Loona_vallavalitsus_Kihelkonna_kihelkonnas, lk 18
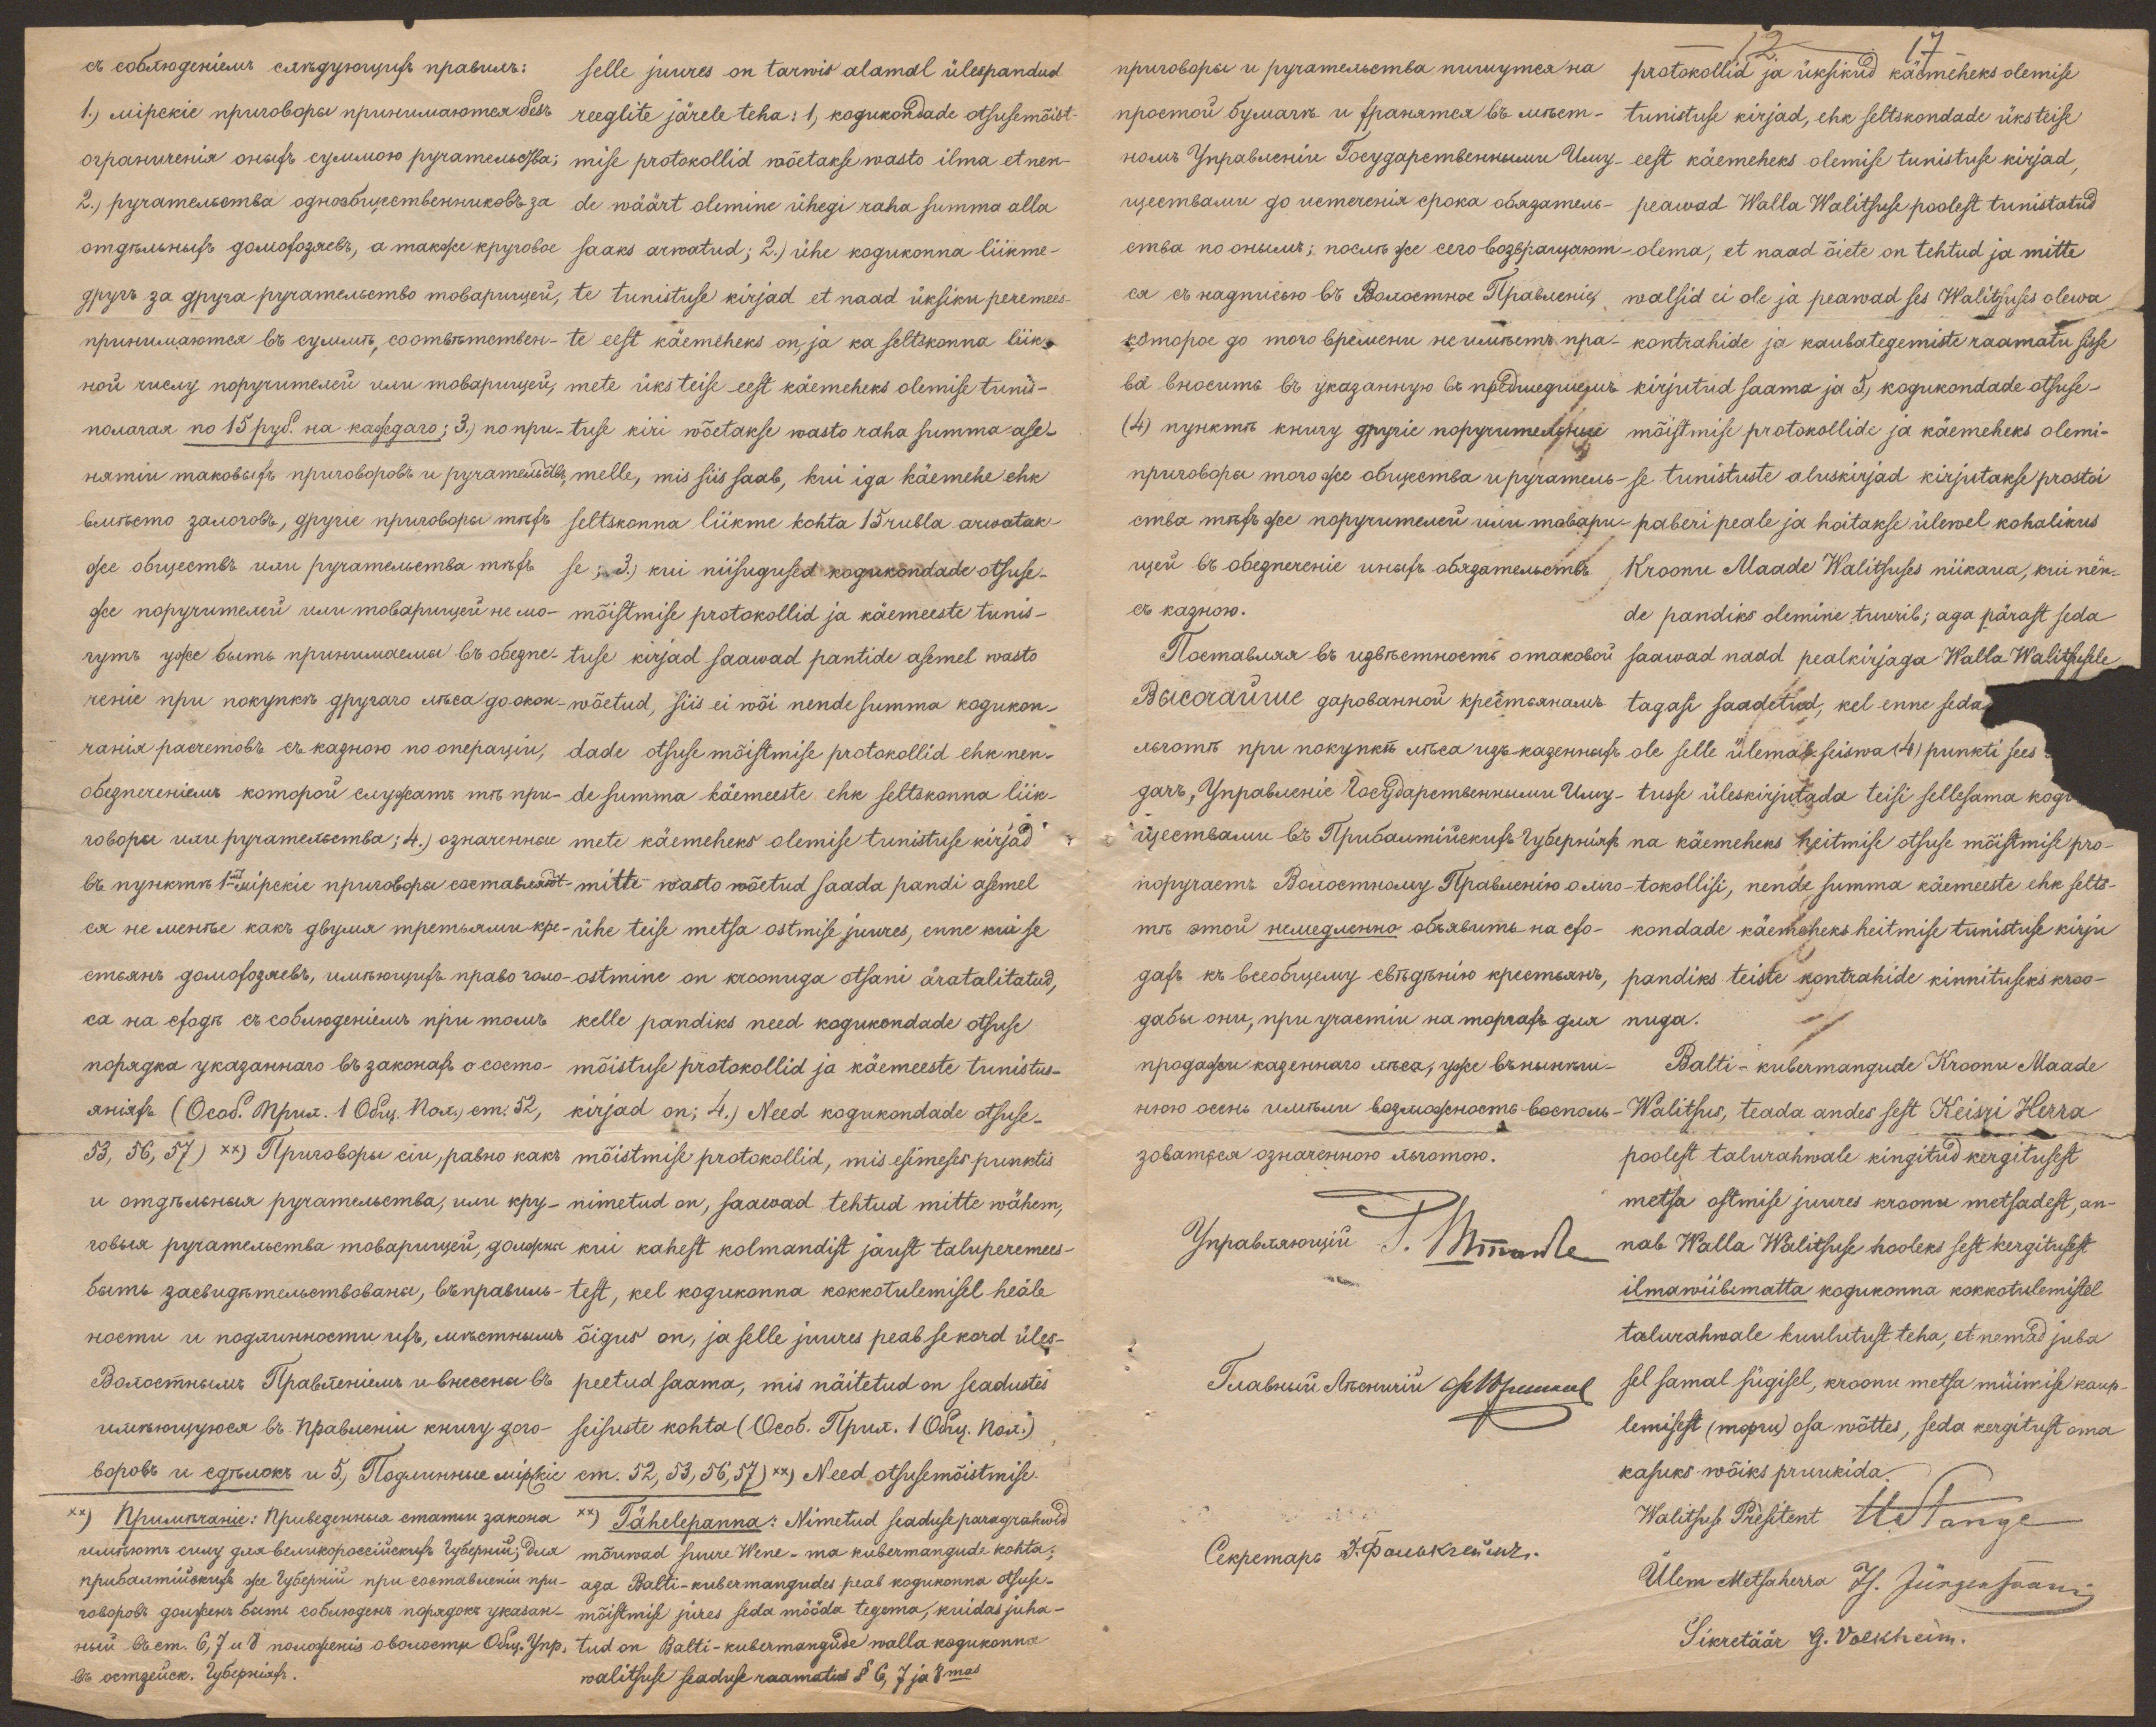
selle juures on tarwis alamal ülespandud
reeglite järele teha: 1, kogukondade otsuse mõist
mise protokollid wõetakse wasto ilma et nen-
de wäärt olemine ühegi raha summa alla
saaks arwatud; 2.) ühe kogukonna liikme-
te tunistuse kirjad et naad üksiku peremees-
te eest käemeheks on, ja ka seltskonna liik-
mete üks teise eest käemeheks olemise tunis-
tuse kiri wõetakse wasto raha summa ase-
melle, mis siis saab, kui iga käemehe ehk
seltskonna liikme kohta 15 rubla arwatak-
se; 3.) kui niisugused kogukondade otsuse-
mõistmise protokollid ja käemeeste tunis-
tuse kirjad saawad pantide asemel wasto
wõetud, siis ei wõi nende summa kogukon-
dade otsuse mõistmise protokollid ehk nen-
de summa käemeeste ehk seltskonna liik-
mete käemeheks olemise tunistuse kirjad
mitte wasto wõetud saada pandi asemel
ühe teise metsa ostmise juures, enne kui se
ostmine on kroonuga otsani äratalitatud,
kelle pandiks need kogukondade otsuse
mõistuse protokollid ja käemeeste tunistus-
kirjad on; 4.) Need kogukondade otsuse-
mõistmise protokollid, mis esimeses punktis
nimetud on, saawad tehtud mitte wähem,
kui kahest kolmandist jaust taluperemees-
test, kel kogukonna kokkotulemisel heäle
õigus on, ja selle juures peab se kord üles
peetud saama, mis näitetud on seadustes
seisuste kohta (Oeob. Tõput. 1. Ong. neid.)
52, 53, 56, 57 **) Need otsusemõistmise
**) Tähelepanna: Nimetud seaduse paragrahwid
mõuwad suure Wene-ma kubermangude kohta;
aga Balti-kubermangudes peab kogukonna otsuse-
mõistmise jures seda mööda tegema, kuidas juha
tud on Balti-kubermangude walla kogukonna
walitsuse seaduse raamatus § 6, 7 ja 8mas

12
17
protokollid ja üksikud käemeheks olemise
tunistuse kirjad, ehk seltskondade üksteise
eest käemeheks olemise tunistuse kirjad,
peawad Walla Walitsuse poolest tunistatud
olema, et naad õiete on tehtud ja mitte
walsid ei ole ja peawad ses Walitsuses olewa,
kontrahide ja kaubategemiste raamatu sisse
kirjutud saama ja 5.) kogukondade otsuse-
mõistmise protokollide ja käemeheks olemi-
se tunistuste aluskirjad kirjutakse prostoi
paberi peale ja hoitakse ülewel kohalikus
Kroonu Maade Walitsuse niikaua, kui nen-
de pandiks olemine tuurib; aga pärast seda
saawad naad peakirjaga Walla Walitsusele
tagasi saadetud, kel enne seda
ole selle ülemal seiswa (4) punkti sees
tusse üleskirjutada teisi sellesama kogu
na käemeheks heitmise otsuse mõistmise pro-
tokollisi, nende summa käemeeste ehk selts-
kondade käemeheks heitmise tunistuse kirju
pandiks teiste kontrahide kinnituseks kroo-
nuga.
Balti-kubermangude Kroonu Maade
Walitsus, teada andes sest Keisri Herra
poolest talurahwale kingitud kergitusest
metsa ostmise juures kroonu metsadest, an
nab Walla Walitsuse hooleks sest kergitusest
ilmawiibimatta kogukonna kokkotulemistel
talurahwale kuulutust teha, et nemad juba
sel samal sügisel, kroonu metsa müümise kaup
lemisest (mopru) osa wõttes, seda kergitust oma
kasuks wõiks pruukida.
Walitsuse Presitent U. Stange
Ülem Metsaherra J. Jürgessaani
Sikretäär G. Volkheim.